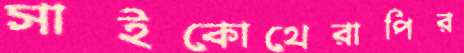
সাইকোথেরাপির